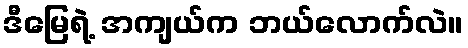
ဒီမြေရဲ့ အကျယ်က ဘယ်လောက်လဲ။